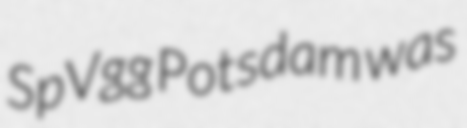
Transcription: SpVgg Potsdam was